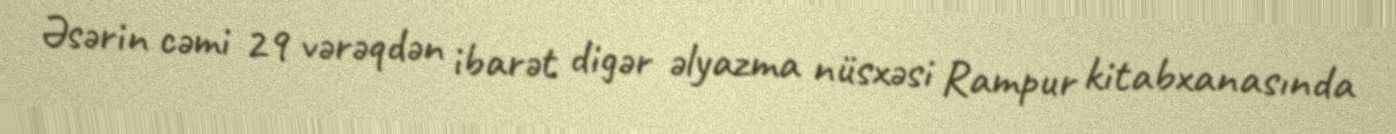
Əsərin cəmi 29 vərəqdən ibarət digər əlyazma nüsxəsi Rampur kitabxanasında